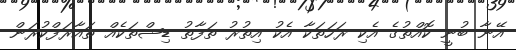
އޭނާ ބުނީ ކޮއްތުގެ އެކި ރަހަތަކާ އެކު އިތުރު ތަފާތު ޑިޝްތަކެއް ތައާރަފްކުރަން